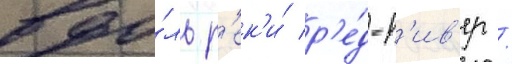
вдо́ль р'ек'и́ р'е́д-р'ив'ер /